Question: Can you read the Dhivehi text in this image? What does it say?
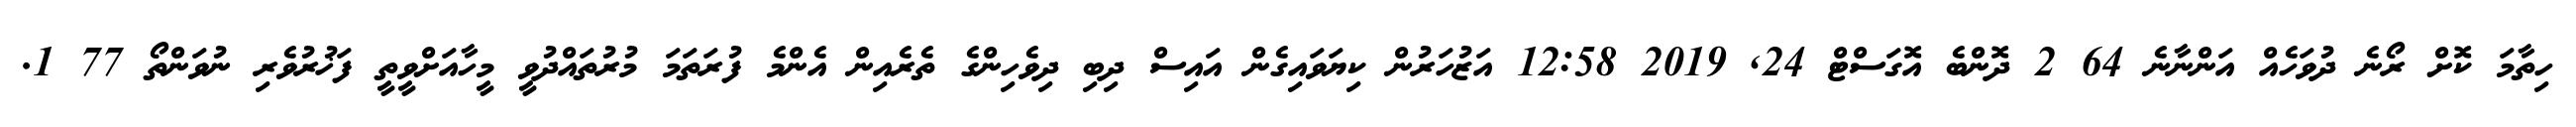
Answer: ހިތާމަ ކޮށް ރޯނެ ދުވަހެއް އަންނާނެ 64 2 ދޮންބެ އޮގަސްޓް 24, 2019 12:58 އަޒުހަރުން ކިޔަވައިގެން އައިސް ދިބި ދިވެހިންގެ ތެރެއިން އެންމެ ފުރަތަމަ މުރުތައްދުވީ މީހާއަށްވީތީ ފަޚުރުވެރި ނުވަންތޯ 77 1.